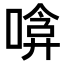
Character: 𠹞